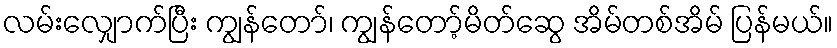
လမ်းလျှောက်ပြီး ကျွန်တော်၊ ကျွန်တော့်မိတ်ဆွေ အိမ်တစ်အိမ် ပြန်မယ်။